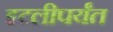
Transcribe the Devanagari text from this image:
इटलीपर्यंत